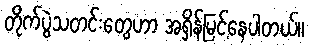
တိုက်ပွဲသတင်းတွေဟာ အရှိန်မြင့်နေပါတယ်။